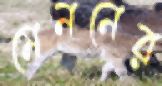
মেননের